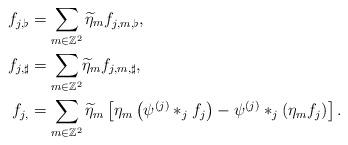
LaTeX: \begin{align*}f_{j,\flat}&=\sum_{m\in\mathbb{Z}^2}\widetilde{\eta}_mf_{j,m,\flat}, \\f_{j,\sharp}&=\sum_{m\in\mathbb{Z}^2}\!\widetilde{\eta}_mf_{j,m,\sharp},\\f_{j,}&=\sum_{m\in\mathbb{Z}^2}\widetilde{\eta}_m\left[\eta_m\left(\psi^{(j)}\ast_jf_j\right)-\psi^{(j)}\ast_j\left(\eta_mf_j\right)\right].\end{align*}